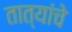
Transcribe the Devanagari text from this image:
तात्यांचे